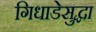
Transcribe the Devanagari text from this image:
गिधाडेसुद्धा